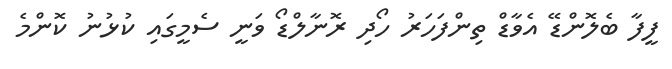
ފީފާ ބެލޮންޑޭ އެވާޑް ތިންފަހަރު ހޯދި ރޮނާލްޑޯ ވަނީ ސެމީގައި ކުޅުނު ކޮންމެ